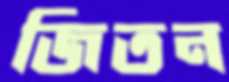
জিতন